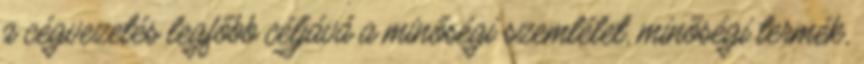
a cégvezetés legfőbb céljává a minőségi szemlélet, minõségi termék,